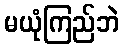
မယုံကြည်ဘဲ